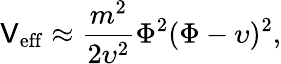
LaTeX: \mathsf{V}_{\mathrm{{eff}}}\approx\frac{{m^{2}}}{{2\upsilon^{2}}}\Phi^{2}(\Phi-\upsilon)^{2},